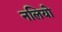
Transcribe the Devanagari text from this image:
नलियो